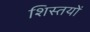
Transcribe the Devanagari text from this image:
शिस्तयों